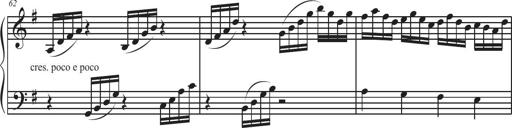
Title: Sonatina Espania
Composer: Jerald Franklin Archer
Key: Various